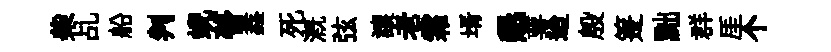
柴乩船判蜺瞢鑫死溉弦讓老霜壻懇萼迨殷箑黜群厓个